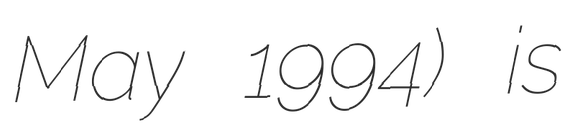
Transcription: May 1994) is